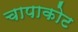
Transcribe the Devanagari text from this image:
चापाकोट